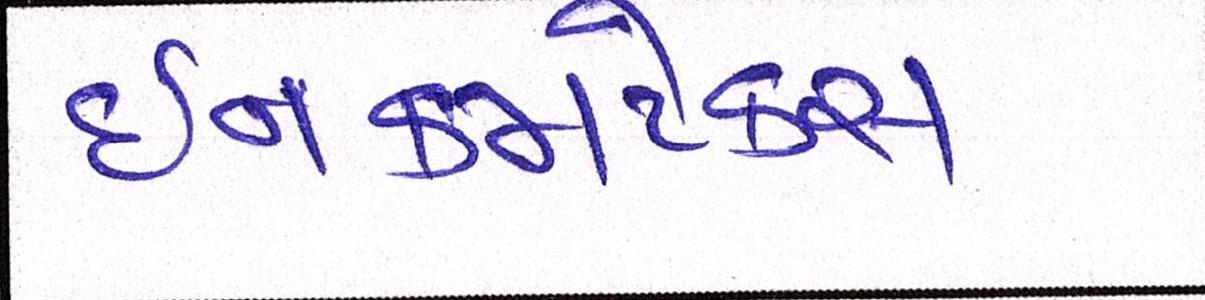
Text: ઈનકમટેક્સ